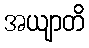
အယျာတိ